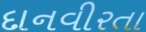
દાનવીરતા